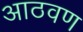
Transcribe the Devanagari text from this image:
अाठवण